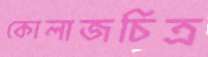
কোলাজচিত্র